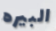
البيره